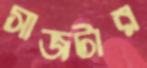
সাজটার